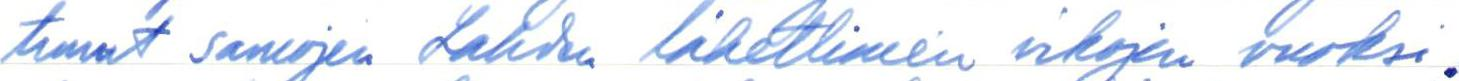
tunut samojen Lahden lähettimen vikojen vuoksi.